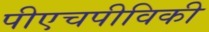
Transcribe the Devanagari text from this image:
पीएचपीविकी